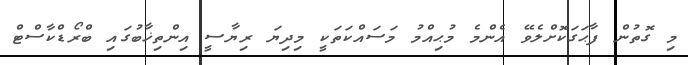
މި ގޮތުން ފާޙަގަކޮށްލެވޭ އެންމެ މުޙިއްމު މަސައްކަތަކީ މިދިޔަ ރިޔާސީ އިންތިޚާބުގައި ބްރޯޑްކާސްޓް